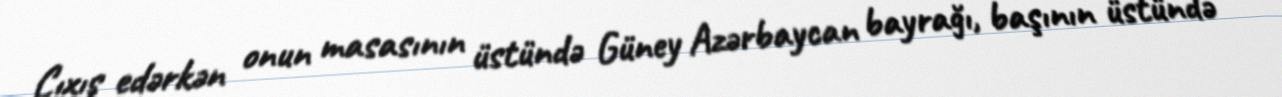
Çıxış edərkən onun masasının üstündə Güney Azərbaycan bayrağı, başının üstündə